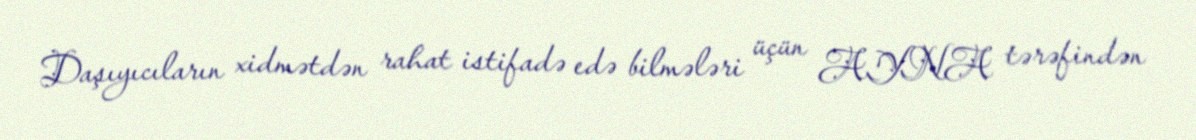
Daşıyıcıların xidmətdən rahat istifadə edə bilmələri üçün AYNA tərəfindən